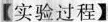
【实验过程】